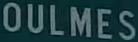
OULMES